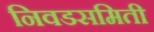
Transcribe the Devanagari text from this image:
निवडसमिती